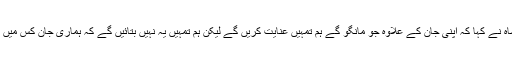
بادشاہ نے کہا کہ اپنی جان کے علاوہ جو مانگو گے ہم تمہیں عنایت کریں گے لیکن ہم تمہیں یہ نہیں بتائیں گے کہ ہماری جان کس میں ہے۔